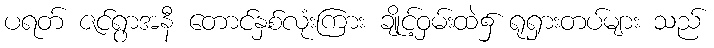
ပရတ် ဇင်ရွာအနီ တောင်နှစ်လုံးကြား ချိုင့်ဝှမ်းထဲ၌ ရုရှားတပ်များ သည်